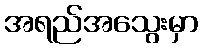
အရည်အသွေးမှာ